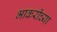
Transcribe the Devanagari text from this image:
भाकरीच्या